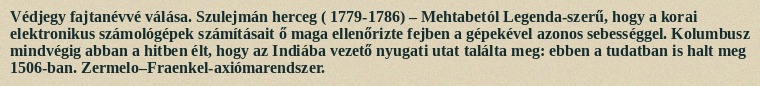
Védjegy fajtanévvé válása. Szulejmán herceg ( 1779-1786) – Mehtabetól Legenda-szerű, hogy a korai elektronikus számológépek számításait ő maga ellenőrizte fejben a gépekével azonos sebességgel. Kolumbusz mindvégig abban a hitben élt, hogy az Indiába vezető nyugati utat találta meg: ebben a tudatban is halt meg 1506-ban. Zermelo–Fraenkel-axiómarendszer.